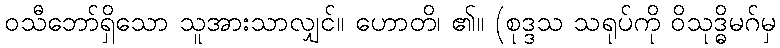
ဝသီဘော်ရှိသော သူအားသာလျှင်။ ဟောတိ၊ ၏။ (စုဒ္ဒသ သရုပ်ကို ဝိသုဒ္ဓိမဂ်မှ